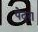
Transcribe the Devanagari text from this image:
पेदरा